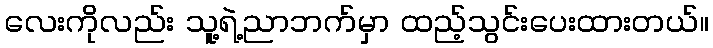
လေးကိုလည်း သူ့ရဲ့ညာဘက်မှာ ထည့်သွင်းပေးထားတယ်။